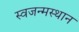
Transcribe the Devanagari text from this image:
स्वजन्मस्थान